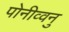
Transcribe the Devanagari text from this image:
पोनीव्वनु